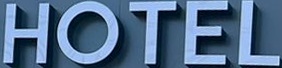
HOTEL